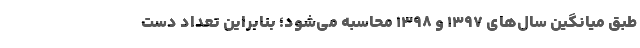
طبق میانگین سال‌های ۱۳۹۷ و ۱۳۹۸ محاسبه می‌شود؛ بنابراین تعداد دست